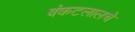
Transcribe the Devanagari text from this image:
बंकटलालचे